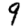
Digit: 9